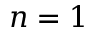
n = 1